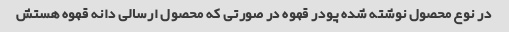
در نوع محصول نوشته شده پودر قهوه در صورتی که محصول ارسالی دانه قهوه هستش